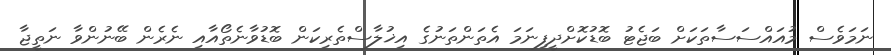
ނަމަވެސް މުއައްސަސާތަކަށް ބަޖެޓު ބޮޑުކޮށްދީފިނަމަ އެތަންތަނުގެ އިޚުލާސްތެރިކަން ބޮޑުވާނެތޯއާއި ނެރެން ބޭނުންވާ ނަތީޖާ